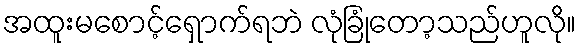
အထူးမစောင့်ရှောက်ရဘဲ လုံခြုံတော့သည်ဟူလို။